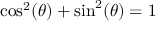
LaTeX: \cos ^ { 2 } ( \theta ) + \sin ^ { 2 } ( \theta ) = 1